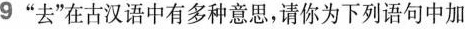
9”去”在古汉语中有多种意思，请你为下列语句中加